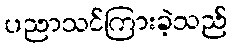
ပညာသင်ကြားခဲ့သည်